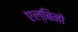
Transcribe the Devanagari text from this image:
एल्बिनो